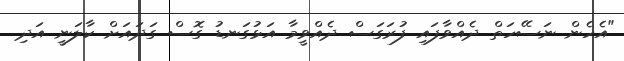
"އެހެން ނަސޭހަތް ދެއްވާފައި ފުރަގަސް ދެއްވީމާ އަޅުގަނޑު ގޮސް ގަދައަށް ކާލަނީ އަދި